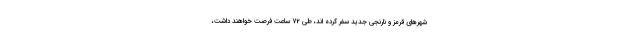
شهر‌های قرمز و نارنجی جدید سفر کرده اند، طی ۷۲ ساعت فرصت خواهند داشت،